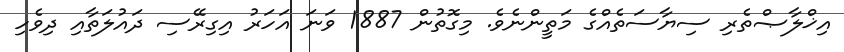
އިޚްލާޞްތެރި ސިޔާސަތެއްގެ މަތީންނެވެ. މިގޮތުން 1887 ވަނަ އަހަރު އިގިރޭސި ދައުލަތާއި ދިވެހި